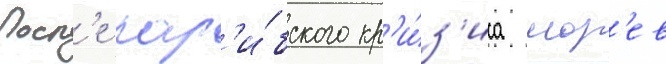
Посл'е кар'и́бского кр'и́з'иса мор'ев